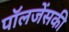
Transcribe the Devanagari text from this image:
पॉलजेंसकी